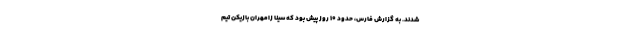
شدند. به گزارش فارس، حدود 10 روز پیش بود که سینا زامهران بازیکن تیم